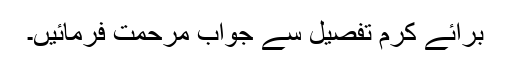
برائے کرم تفصیل سے جواب مرحمت فرمائیں۔